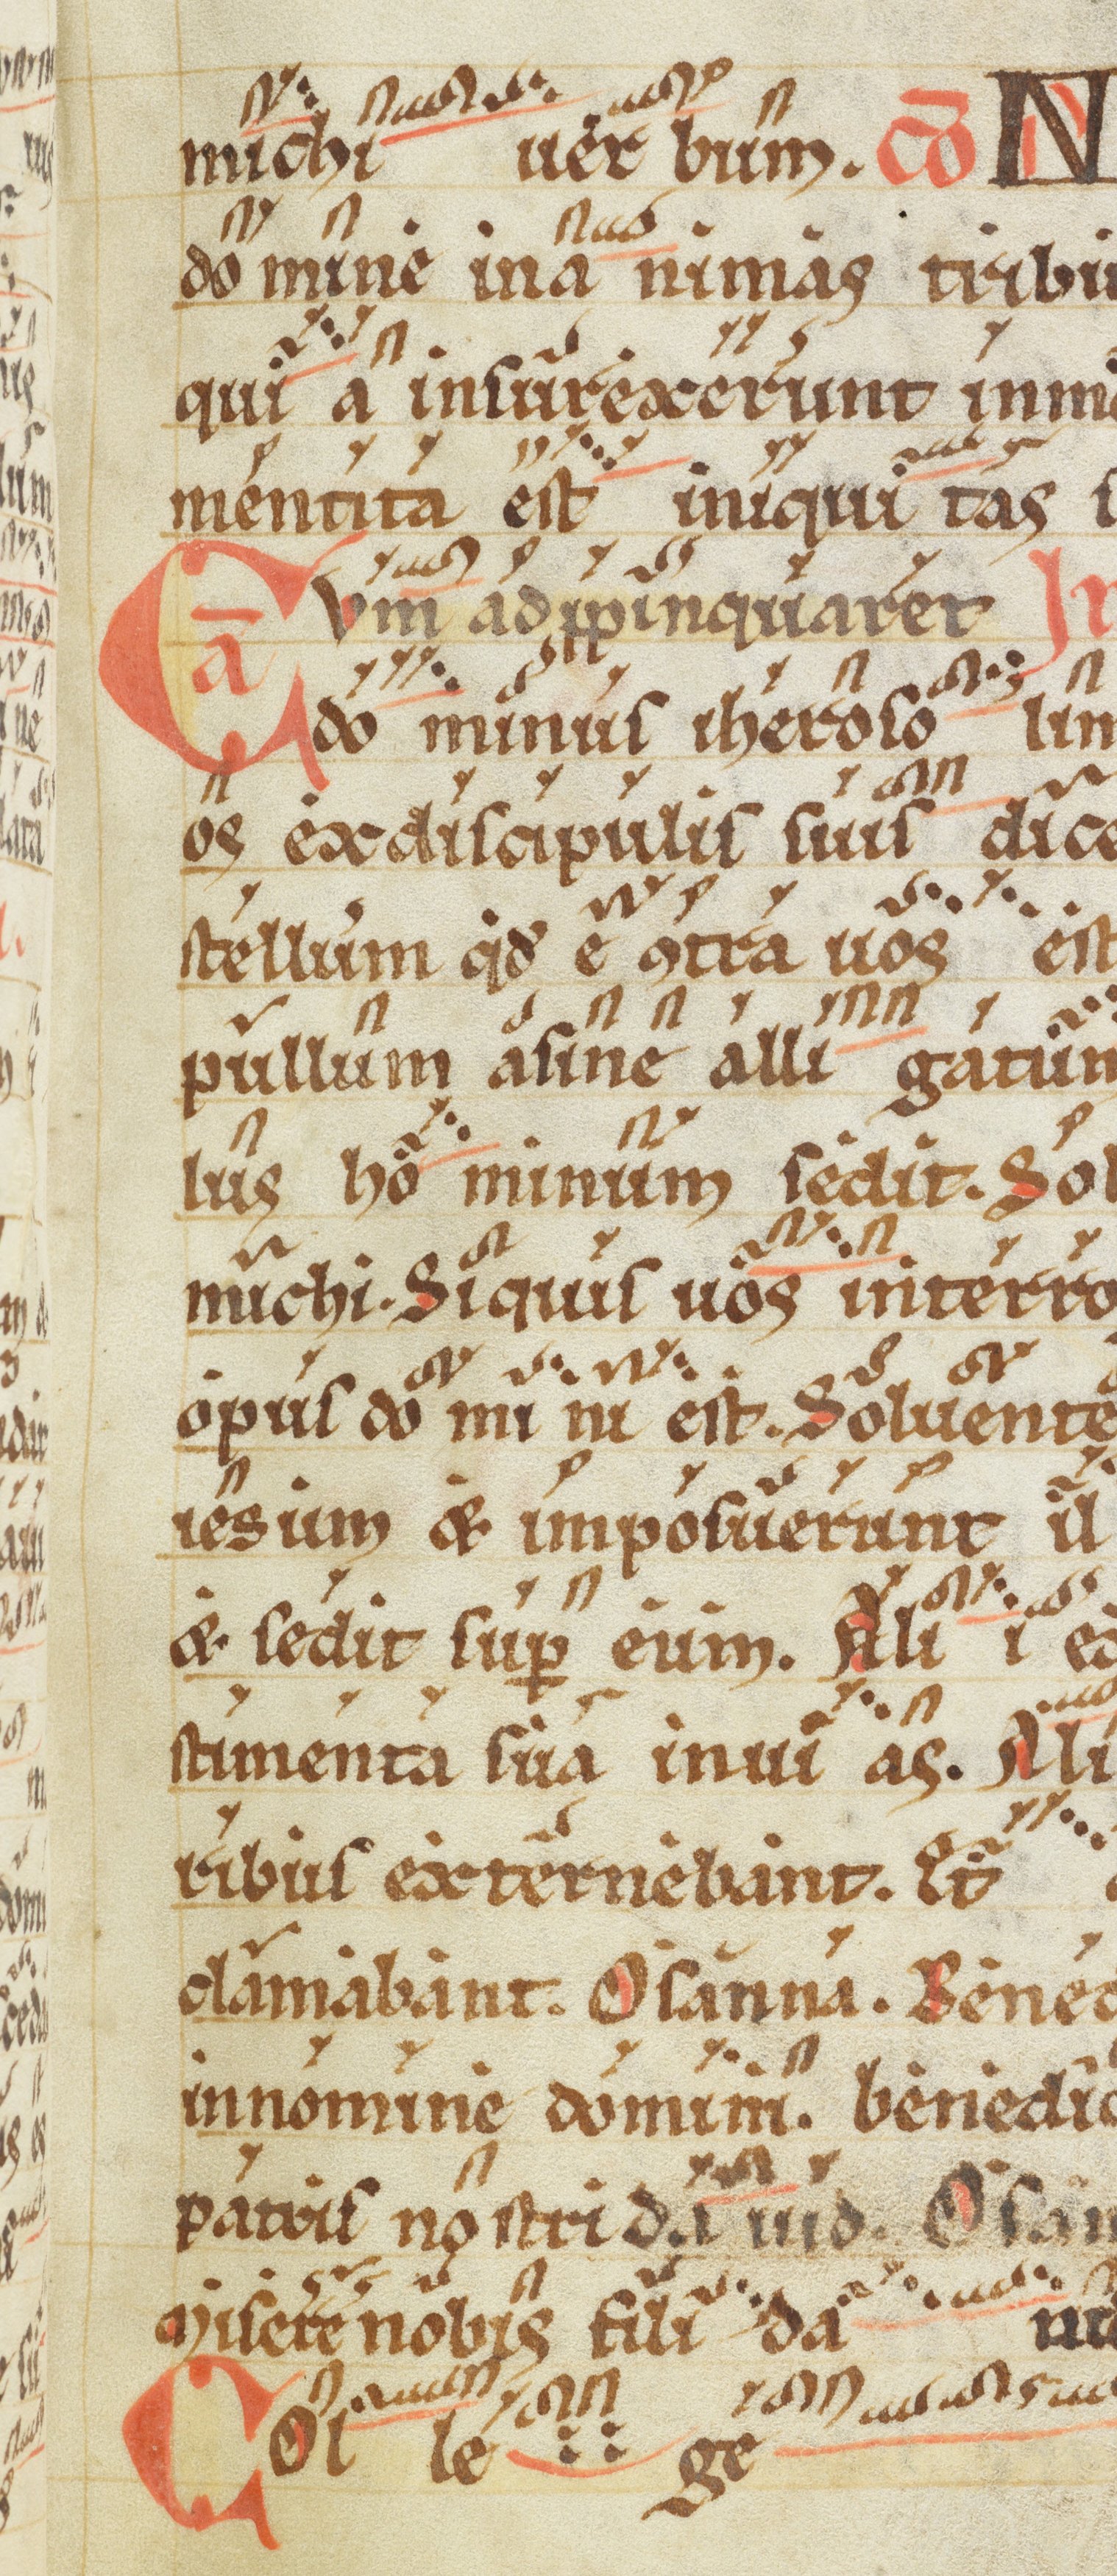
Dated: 1200–1299